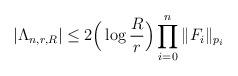
LaTeX: \begin{align*}|\Lambda_{n,r,R} | \leq 2 \Big( \log \frac{R}{r} \Big)\prod_{i=0}^n \|F_i\|_{p_i}\end{align*}